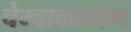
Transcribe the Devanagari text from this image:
चेम्बाकरमण